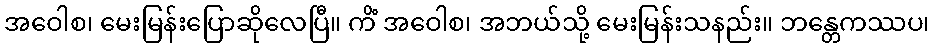
အဝေါစ၊ မေးမြန်းပြောဆိုလေပြီ။ ကိံ အဝေါစ၊ အဘယ်သို့ မေးမြန်းသနည်း။ ဘန္တေကဿပ၊